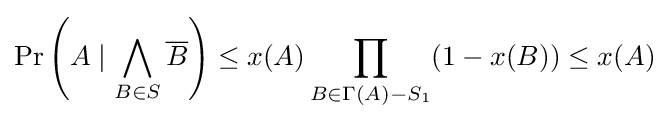
\Pr \left(A\mid \bigwedge _{B\in S}{\overline {B}}\right)\leq x(A)\prod _{B\in \Gamma (A)-S_{1}}(1-x(B))\leq x(A)